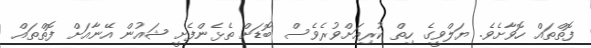
ފޮތްތައް ހޮވާށެވެ. ޔަލްވީގެ ހިތް ކުރިއަށްވުރެވެސް ބޮޑަށް ތެޅެންފެށީ ޝައުން އޭނާއަށް ފޮތްތައް